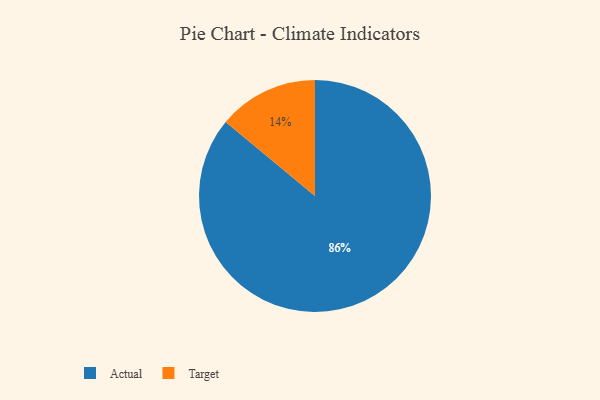
{"axis": {"x": "Category", "y": "Percentage"}, "legend": ["Actual", "Target"], "data": [{"x": "Actual", "y": 86, "type": "Actual"}, {"x": "Target", "y": 14, "type": "Target"}]}